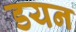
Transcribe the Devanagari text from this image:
डयन